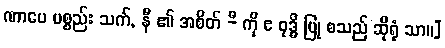
ဏာပေ ပစ္စည်း သက်, နီ ၏ အစိတ် -ီ ကို ဧ ဝုဒ္ဓိ ပြု စသည် ဆိုရုံ သာ။]